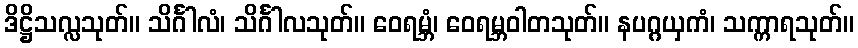
ဒိဋ္ဌိသလ္လသုတ်။ သိင်္ဂါလံ၊ သိင်္ဂါလသုတ်။ ဝေရမ္ဘံ၊ ဝေရမ္ဘဝါတသုတ်။ နပဂ္ဂယှကံ၊ သက္ကာရသုတ်။